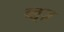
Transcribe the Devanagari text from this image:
व्लूज़